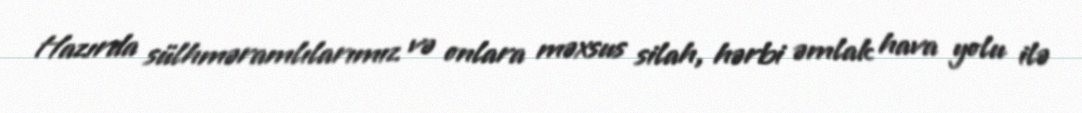
Hazırda sülhməramlılarımız və onlara məxsus silah, hərbi əmlak hava yolu ilə